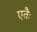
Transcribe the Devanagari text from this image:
एतैः